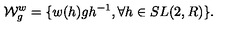
{ \cal W } _ { g } ^ { w } = \{ w ( h ) g h ^ { - 1 } , \forall h \in S L ( 2 , R ) \} .